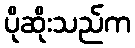
ပိုဆိုးသည်က